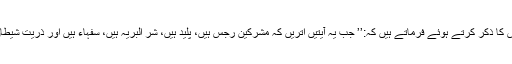
آپؑ اس کا ذکر کرتے ہوئے فرماتے ہیں کہ:’’ جب یہ آیتیں اتریں کہ مشرکین رجس ہیں، پلید ہیں، شَرُّ الْبَرِیَّّہ ہیں، سُفَہَاء ہیں اور ذریّت شیطان ہیں۔